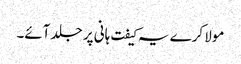
مولا کرے یہ کیفت ہانی پر جلد آئے۔